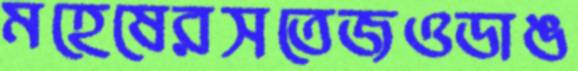
মহেষেরসতেজওডাঙ